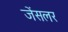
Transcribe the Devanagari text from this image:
जेंसलर